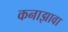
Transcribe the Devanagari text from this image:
कनाझावा